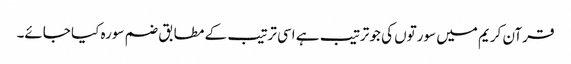
قرآن کریم میں سورتوں کی جو ترتیب ہے اسی ترتیب کے مطابق ضم سورہ کیا جائے۔